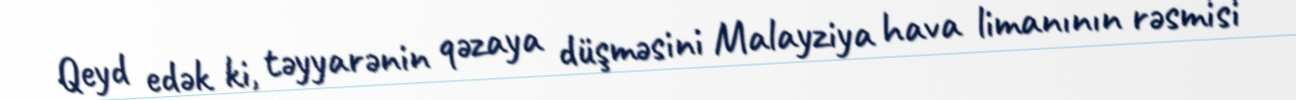
Qeyd edək ki, təyyarənin qəzaya düşməsini Malayziya hava limanının rəsmisi